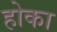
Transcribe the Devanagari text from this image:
होका